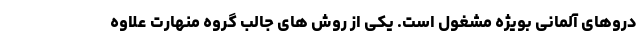
دروهای آلمانی بویژه مشغول است. یکی از روش های جالب گروه منهارت علاوه